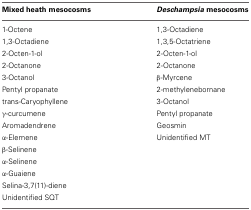
| Mixed heath mesocosms | Deschampsia mesocosms |
 | --- | --- |
 | 1-Octene | 1,3-Octadiene |
 | 1,3-Octadiene | 1,3,5-Octatriene |
 | 2-Octen-1-ol | 2-Octen-1-ol |
 | 2-Octanone | 2-Octanone |
 | 3-Octanol | β-Myrcene |
 | Pentyl propanate | 2-methylenebornane |
 | trans-Caryophyllene | 3-Octanol |
 | γ-curcumene | Pentyl propanate |
 | Aromadendrene | Geosmin |
 | α-Elemene | Unidentified MT |
 | β-Selinene |  |
 | α-Selinene |  |
 | α-Guaiene |  |
 | Selina-3,7(11)-diene |  |
 | Unidentified SQT |  |